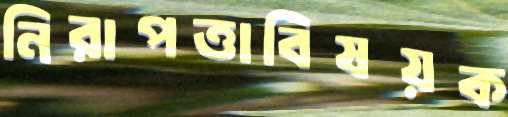
নিরাপত্তাবিষয়ক